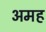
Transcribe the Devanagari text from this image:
अमह